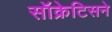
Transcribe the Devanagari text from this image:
सॉक्रेटिसने